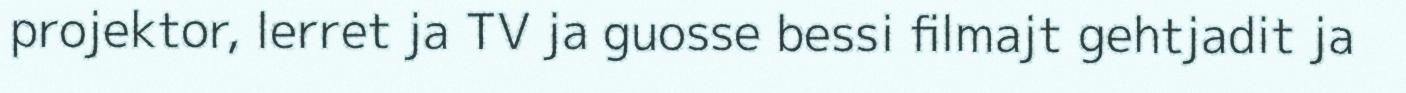
projektor, lerret ja TV ja guosse bessi filmajt gehtjadit ja